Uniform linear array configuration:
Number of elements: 48
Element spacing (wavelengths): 0.25
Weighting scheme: kaiser
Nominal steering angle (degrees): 45
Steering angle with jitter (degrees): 43.603
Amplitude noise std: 0.05
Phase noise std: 0.05

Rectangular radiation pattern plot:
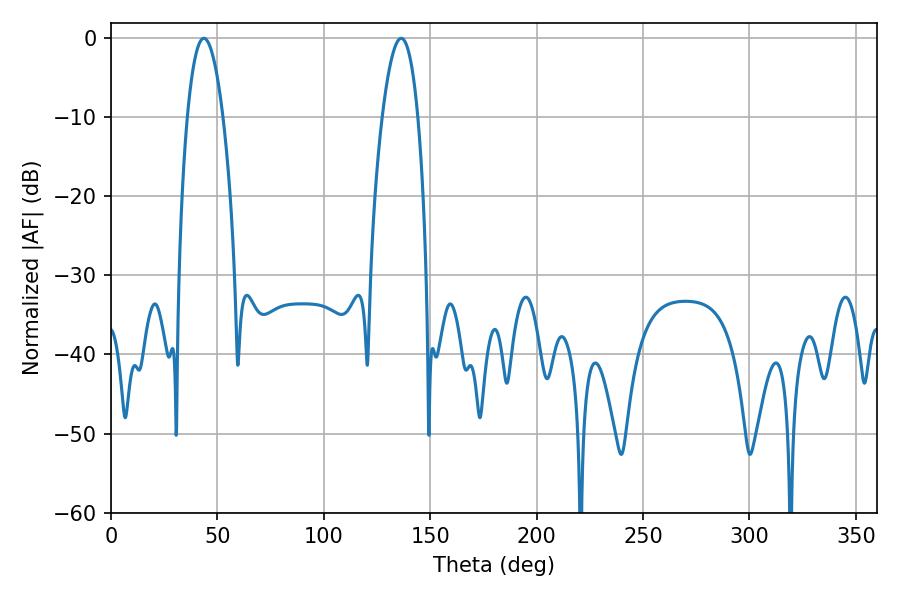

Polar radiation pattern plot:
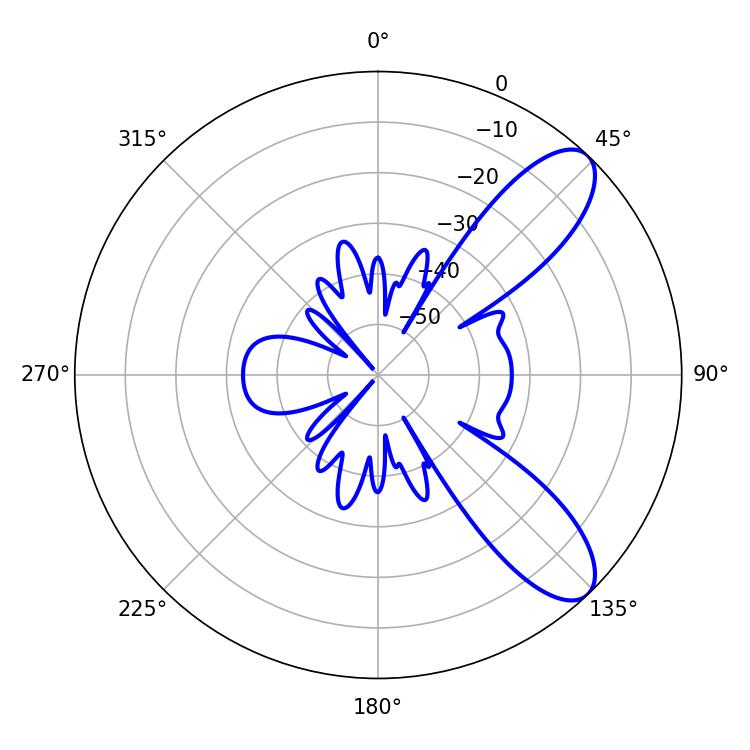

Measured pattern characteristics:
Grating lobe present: FALSE
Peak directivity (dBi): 9.207
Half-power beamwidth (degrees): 9.18
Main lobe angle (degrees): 43.56